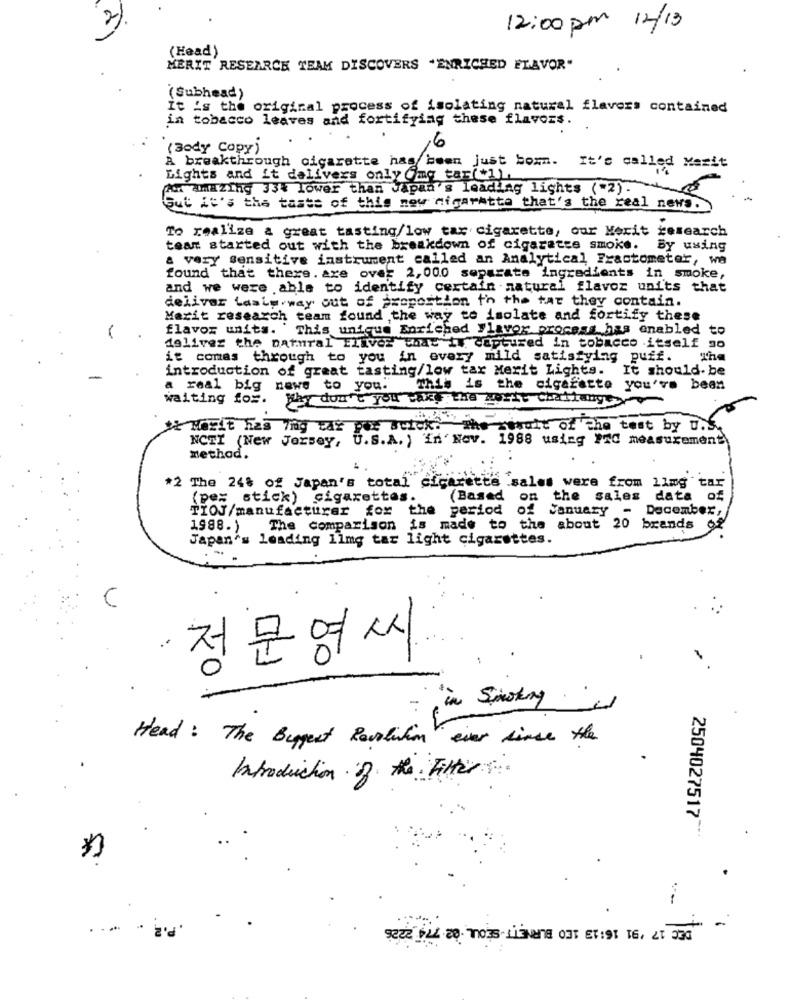
12:00 pm 12/13
(Head )
MERIT RESEARCH TEAM DISCOVERS "ENRICHED ELAVOR"
(Subhead)
It is the original process of isolating natural flavors contained
in tobacco leaves and fortifying these flavors.
.6
(Body Copy)
A breakthrough cigarette has been just boxm. It's called Merit
Lights and it delivers only (img tar(*1).
An AmmiZThy 33% Lower than Japan 's leading lights ("2).
Gut it's the taste of this now nigaratte that's the real news.
To realize a great tasting/low tar cigarette, our Merit research
tean started out with the breakdown of cigarette smoke. By using
a very sensitive instrument called an Analytical Fractometer, wa
found that there. are over 2, 00.0 separate ingredients in smoke,
and we were able to identify certain natural flavor units that
deliver tasturway out of proportion to the tar they contain.
Marit research team found the way to isolate and fortify these
flavor units. This unique Enriched Flavor process has enabled to
deliver the natural Eliver that iw captured in tobacco itself so
it comes through to you in every mild satisfying puff.
The
introduction of great tasting/low tax Merit Lights.
It should. be
a real big news to you.
This is the cigafatte you've been
waiting for.
Why don't you rakt the worst Challenge
t& Merit has 7mg car por actok. the wwwait of the test by U.S.
NCTI (New Jersey, U.S.A. ) in' Nov. 1988 using PAC measurement)
method.
*2 The 24% of Japan's total cigarette sales were from ling tar
(pes stick) cigarettes.
(Based on the sales data
of
TIOJ/manufacturer fox the period of January - December,
1988.)
The comparison is made to the about 20 brands 92
Japan's leading 11mg tar light cigarettes.
C
정문영씨
in Smoking
Head: The Biggest Revolution ever since the
Introduction of the Filter
2504027517
*
-